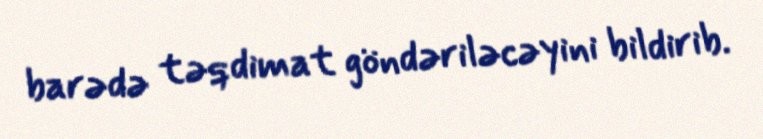
barədə təqdimat göndəriləcəyini bildirib.